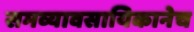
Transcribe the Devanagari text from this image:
समव्यावसायिकानेच